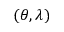
( \theta , \lambda )